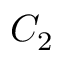
C _ { 2 }